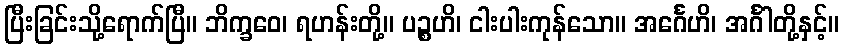
ပြီးခြင်းသို့ရောက်ပြီ။ ဘိက္ခဝေ၊ ရဟန်းတို့။ ပဉ္စဟိ၊ ငါးပါးကုန်သော။ အင်္ဂေဟိ၊ အင်္ဂါတို့နှင့်။